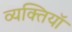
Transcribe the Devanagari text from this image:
व्यक्तियॉं